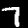
Digit: 7